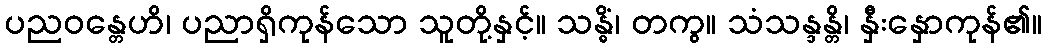
ပညဝန္တေဟိ၊ ပညာရှိကုန်သော သူတို့နှင့်။ သန္ဓိံ၊ တကွ။ သံသန္ဒန္တိ၊ နှီးနှောကုန်၏။